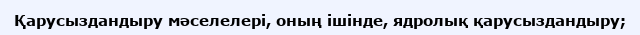
Қарусыздандыру мәселелері, оның ішінде, ядролық қарусыздандыру;